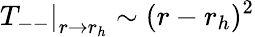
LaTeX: \left.T_{--}\right|_{r\rightarrow r_{h}}\sim(r-r_{h})^{2}